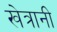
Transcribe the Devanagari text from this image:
खेत्रानी